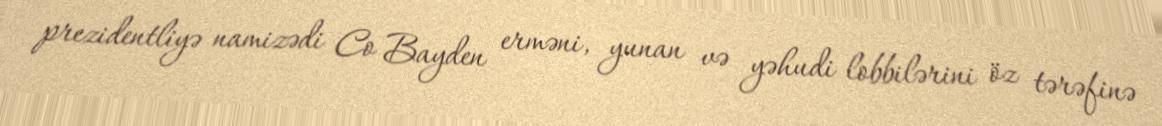
prezidentliyə namizədi Co Bayden erməni, yunan və yəhudi lobbilərini öz tərəfinə